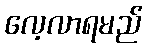
လေ့လာရမည်